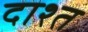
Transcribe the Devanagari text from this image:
दाश्त